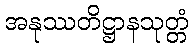
အနုဿတိဋ္ဌာနသုတ္တံ